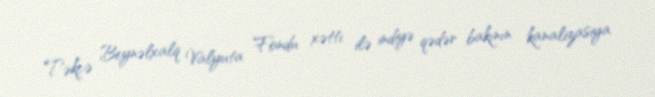
Təkcə Beynəlxalq Valyuta Fondu xətti ilə indiyə qədər bakının kanalizasiya